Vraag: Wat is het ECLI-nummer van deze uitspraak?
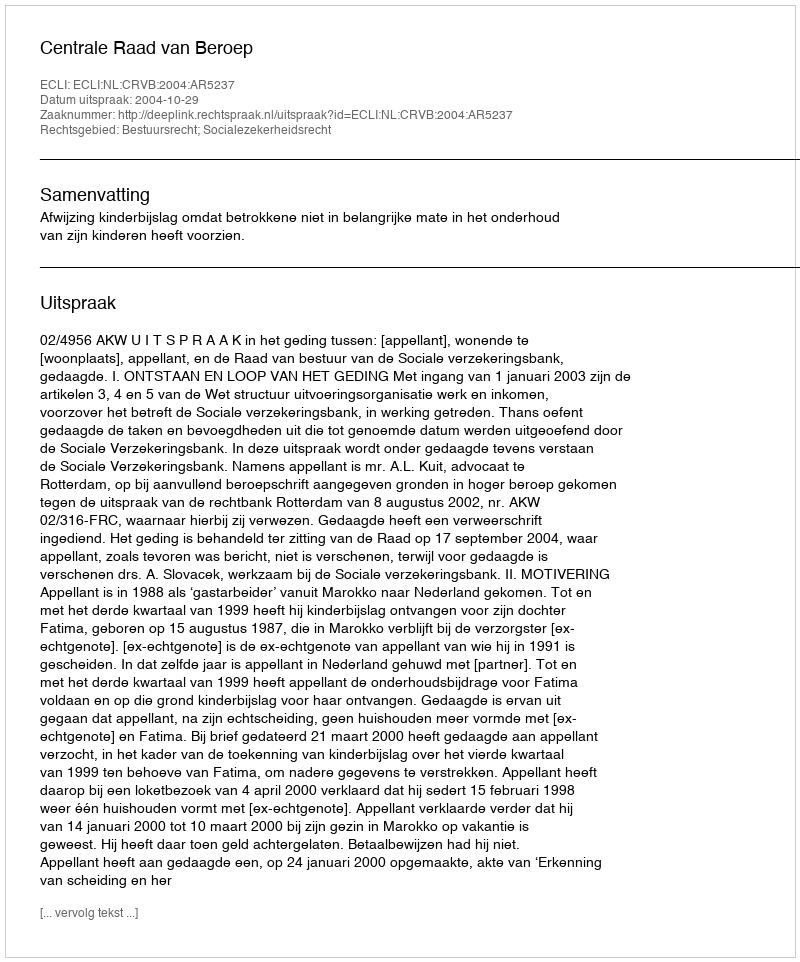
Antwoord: ECLI:NL:CRVB:2004:AR5237